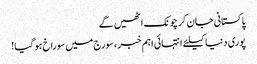
پاکستانی جان کر چونک اٹھیں گے
پوری دنیا کیلئے انتہائی اہم خبر ،سورج میں سوراخ ہو گیا!